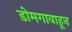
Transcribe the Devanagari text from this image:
डोमगावाहून